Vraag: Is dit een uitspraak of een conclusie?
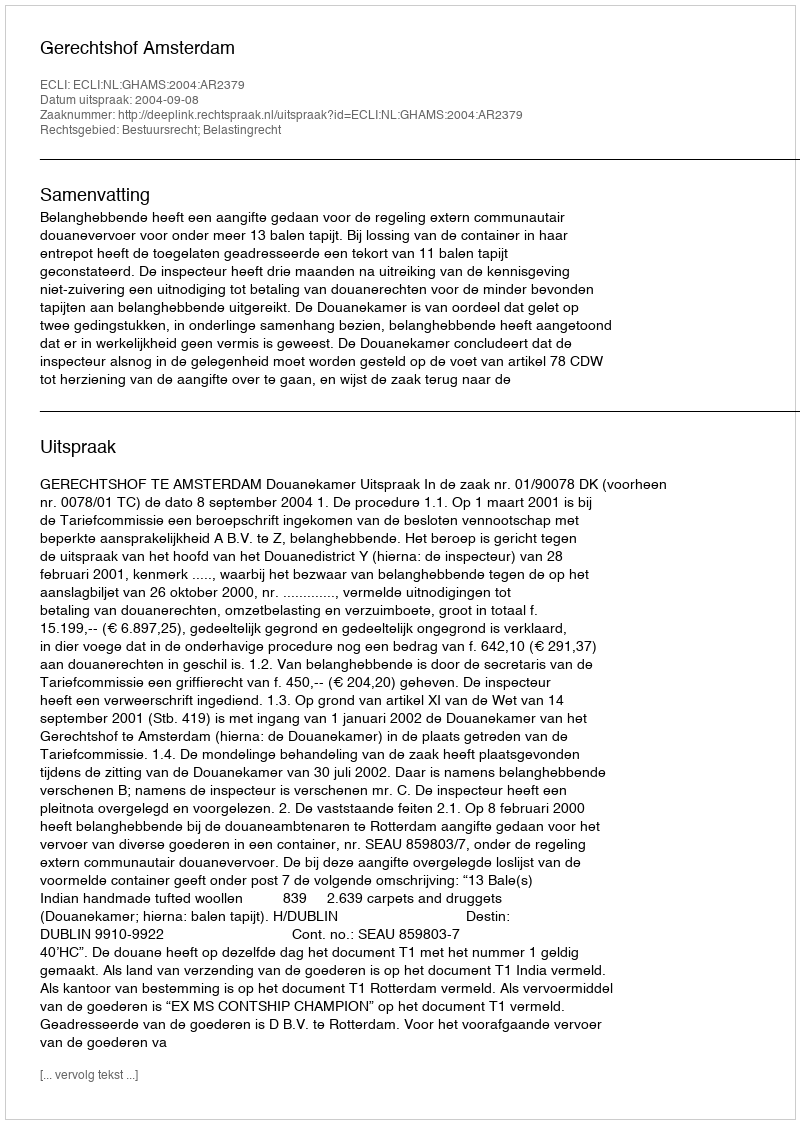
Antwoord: Uitspraak